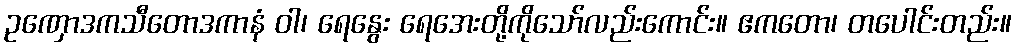
ဥဏှောဒကသီတောဒကာနံ ဝါ၊ ရေနွေး ရေအေးတို့ကိုသော်လည်းကောင်း။ ဧကတော၊ တပေါင်းတည်း။